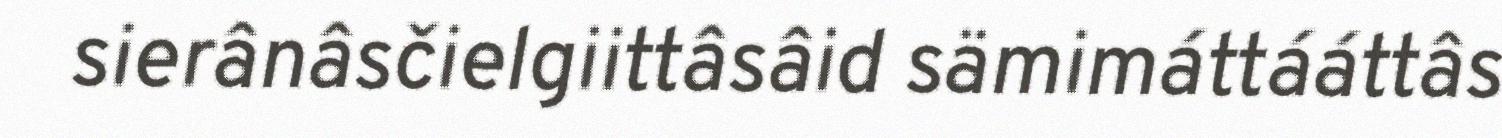
sierânâsčielgiittâsâid sämimáttááttâs